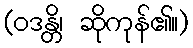
(ဝဒန္တိ၊ ဆိုကုန်၏။)